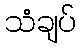
သံချပ်